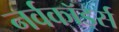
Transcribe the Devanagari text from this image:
नर्वकॉर्ड्स